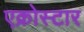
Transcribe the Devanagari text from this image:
एक्रोस्टार